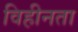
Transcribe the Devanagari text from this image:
विहीनता